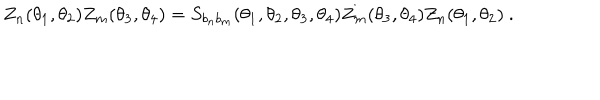
LaTeX: Z _ { n } ( \theta _ { 1 } , \theta _ { 2 } ) Z _ { m } ( \theta _ { 3 } , \theta _ { 4 } ) = S _ { b _ { n } b _ { m } } ( \theta _ { 1 } , \theta _ { 2 } , \theta _ { 3 } , \theta _ { 4 } ) Z _ { m } ( \theta _ { 3 } , \theta _ { 4 } ) Z _ { n } ( \theta _ { 1 } , \theta _ { 2 } ) ~ .